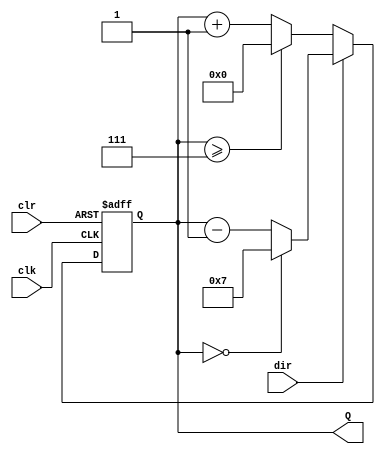
// dir: 0 - count up
//      1 - count down
module UpDownCounter(clk, clr, dir, Q); 
	parameter MAX = 8;
	input clk, clr, dir;
	output reg [MAX-1:0] Q;
	
	always @(posedge clk, negedge clr) begin
		if (!clr) Q <= 0;
		else begin
			if (dir == 0)
				if (Q >= MAX-1) Q <= 0;
				else Q <= Q + 1;
			else
				if (Q == 0) Q <= MAX-1;
				else Q <= Q - 1;
		end
	end
endmodule